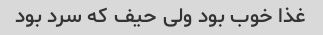
غذا خوب بود ولی حیف که سرد بود